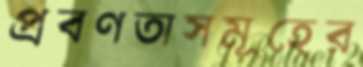
প্রবণতাসমূহের